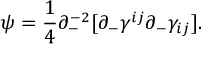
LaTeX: \psi = \frac { 1 } { 4 } \partial _ { - } ^ { - 2 } [ \partial _ { - } \gamma ^ { i j } \partial _ { - } \gamma _ { i j } ] .